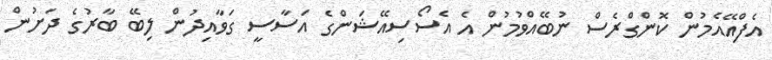
އެފްއޭއެމުން ކޮންގްރެސް ނުބޭއްވުމުން އެ އެސޯސިއޭޝަންގެ އަސާސީ ގަވާއިދުން ލިބޭ ބާރުގެ ދަށުން